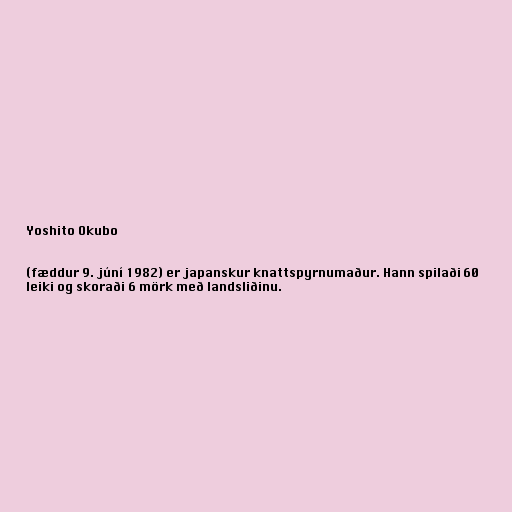
Yoshito Okubo

(fæddur 9. júní 1982) er japanskur knattspyrnumaður. Hann spilaði 60
leiki og skoraði 6 mörk með landsliðinu.